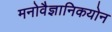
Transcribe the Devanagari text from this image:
मनोवैज्ञानिकयोन